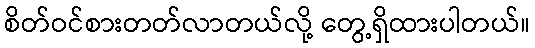
စိတ်ဝင်စားတတ်လာတယ်လို့ တွေ့ရှိထားပါတယ်။